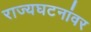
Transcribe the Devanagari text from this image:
राज्यघटनांवर